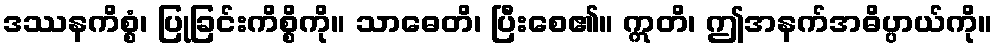
ဒဿနကိစ္စံ၊ ပြုခြင်းကိစ္စိကို။ သာဓေတိ၊ ပြီးစေ၏။ ဣတိ၊ ဤအနက်အဓိပ္ပာယ်ကို။